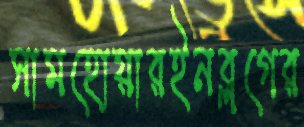
সামহোয়ারইনব্লগের